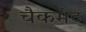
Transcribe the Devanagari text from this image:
चैकमेट